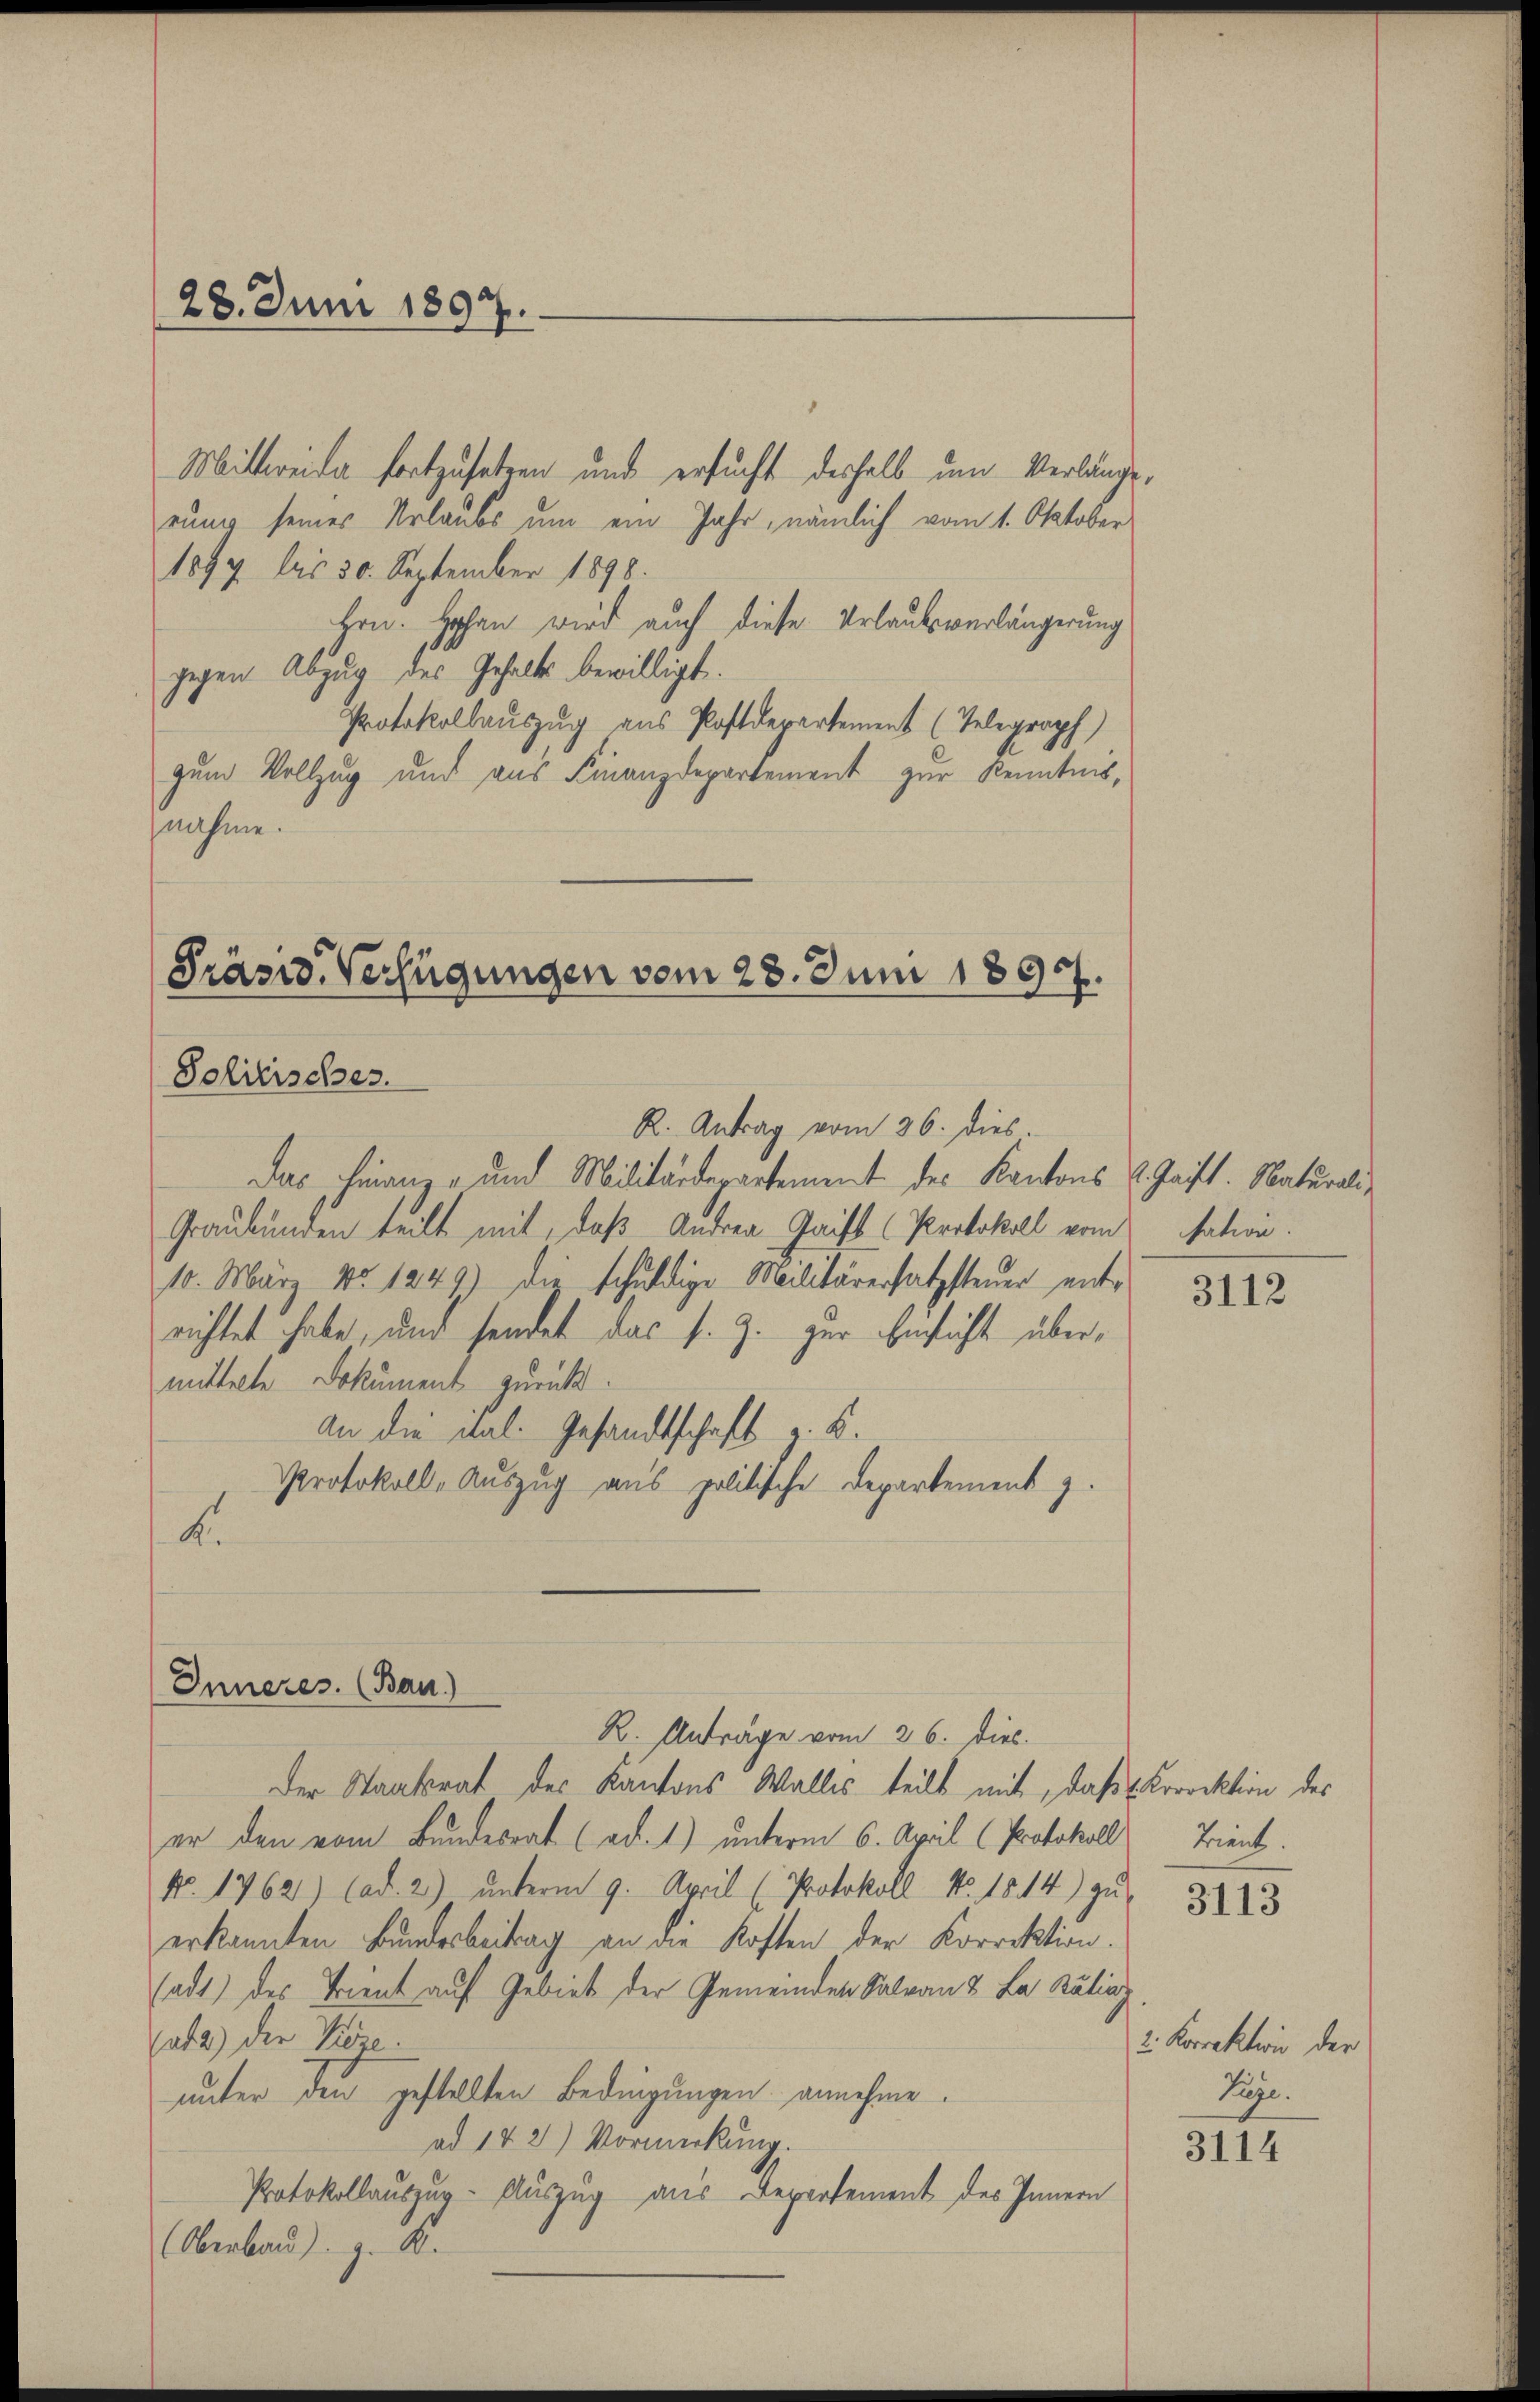
28. Juni 1897.

Mittweide fortzusetzen und ersucht deshalb um Verlänge,
rung seines Urlaubs um ein Jahr, nämlich vom 1. Oktober
1897 bis 30. September 1898.
Hrn. Hohen wird auch diese Urlaubsverlängerung
gegen Abzug des Gehalts bewilligt.
Protokollauszug aus Postdepartement (Telegraph
zum Vollzug und aus Finanzdepartement zur Kenntnis,
nahme.

Präsid. Verfügungen vom 23. Juni 1897.
Solitisches.
R. Antrag vom 26. dies.

Inneres. (Bau)

Das Finanz- und Militärdepartement des Kantons u. Gaist. Naturali¬
Graubünden teilt mit, daß Andrea Gaist (Protokoll vom sation.
10. März No 1249) die schuldige Militärersatzsteuer entrichtet habe, und sendet das s. Z. zur Einsicht übermittelte Dokument zurück.
An die Mal. Gesandtschaft z. B.
Protokoll-Auszug aus politische Departement z.
K.

R. Anträge vom 26. Dieb.
Der Staatsrat des Kantons Walles teilt mit, daß Korrektion des
er den vom Bundesrat (ad. 1) unterm 6. April (Protokoll Trient.
No. 1762) Cad. 2) unterm 9. April (Protokoll No. 1814) zu
erkannten Bundesbeitrag an die Kosten der Korrektion.
sadt) des Trient auf Gebiet der Gemeinden Salvan & La Baling
at 2) der Vieze
unter den gestellten Bedingungen annehme.
ad 142) Vormerkung.
Protokollauszug-Auszug aus Departement des Innern
(Oberbau. z. B.

3112

3113

2. Korrektion der
Pige.

3114